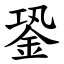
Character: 銎